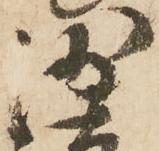
沙